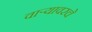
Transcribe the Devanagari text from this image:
वाऱ्यावरचे